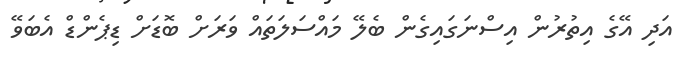
އަދި އޭގެ އިތުރުން އިސްނަގައިގެން ބެލޭ މައްސަލަތައް ވަރަށް ބޮޑަށް ޑިޕެންޑް އެބަވޭ